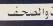
والصحف